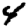
Digit: 4